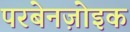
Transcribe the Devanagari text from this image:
परबेनज़ोइक